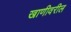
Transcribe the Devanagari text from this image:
खाणीवरील